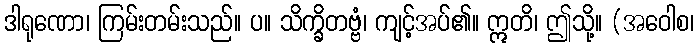
ဒါရုဏော၊ ကြမ်းတမ်းသည်။ ပ။ သိက္ခိတဗ္ဗံ၊ ကျင့်အပ်၏။ ဣတိ၊ ဤသို့။ (အဝေါစ၊